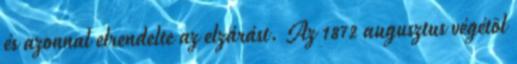
és azonnal elrendelte az elzárást. Az 1872 augusztus végétõl